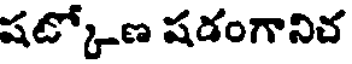
షట్కోణ షడంగానిచ